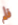
فلم